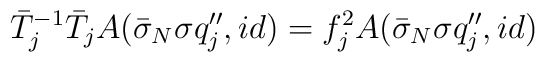
\bar{T}_j^{-1}\bar{T}_j A(\bar{\sigma}_N\sigma q_j'',id)=f_j^2                        A(\bar{\sigma}_N\sigma q_j'',id)